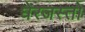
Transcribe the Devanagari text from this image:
घेरजस्तो